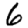
Digit: 6